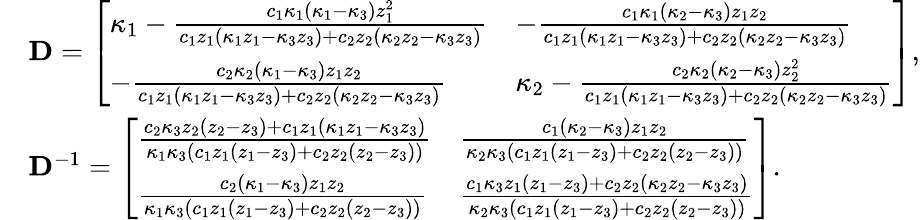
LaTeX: \begin{array}{rl}&{\mathbf{D}=\left[\begin{array}{ll}{\kappa_{1}-\frac{c_{1}\kappa_{1}\left(\kappa_{1}-\kappa_{3}\right)z_{1}^{2}}{c_{1}z_{1}\left(\kappa_{1}z_{1}-\kappa_{3}z_{3}\right)+c_{2}z_{2}\left(\kappa_{2}z_{2}-\kappa_{3}z_{3}\right)}}&{-\frac{c_{1}\kappa_{1}\left(\kappa_{2}-\kappa_{3}\right)z_{1}z_{2}}{c_{1}z_{1}\left(\kappa_{1}z_{1}-\kappa_{3}z_{3}\right)+c_{2}z_{2}\left(\kappa_{2}z_{2}-\kappa_{3}z_{3}\right)}}\\ {-\frac{c_{2}\kappa_{2}\left(\kappa_{1}-\kappa_{3}\right)z_{1}z_{2}}{c_{1}z_{1}\left(\kappa_{1}z_{1}-\kappa_{3}z_{3}\right)+c_{2}z_{2}\left(\kappa_{2}z_{2}-\kappa_{3}z_{3}\right)}}&{\kappa_{2}-\frac{c_{2}\kappa_{2}\left(\kappa_{2}-\kappa_{3}\right)z_{2}^{2}}{c_{1}z_{1}\left(\kappa_{1}z_{1}-\kappa_{3}z_{3}\right)+c_{2}z_{2}\left(\kappa_{2}z_{2}-\kappa_{3}z_{3}\right)}}\end{array}\right],}\\ &{\mathbf{D}^{-1}=\left[\begin{array}{ll}{\frac{c_{2}\kappa_{3}z_{2}\left(z_{2}-z_{3}\right)+c_{1}z_{1}\left(\kappa_{1}z_{1}-\kappa_{3}z_{3}\right)}{\kappa_{1}\kappa_{3}\left(c_{1}z_{1}\left(z_{1}-z_{3}\right)+c_{2}z_{2}\left(z_{2}-z_{3}\right)\right)}}&{\frac{c_{1}\left(\kappa_{2}-\kappa_{3}\right)z_{1}z_{2}}{\kappa_{2}\kappa_{3}\left(c_{1}z_{1}\left(z_{1}-z_{3}\right)+c_{2}z_{2}\left(z_{2}-z_{3}\right)\right)}}\\ {\frac{c_{2}\left(\kappa_{1}-\kappa_{3}\right)z_{1}z_{2}}{\kappa_{1}\kappa_{3}\left(c_{1}z_{1}\left(z_{1}-z_{3}\right)+c_{2}z_{2}\left(z_{2}-z_{3}\right)\right)}}&{\frac{c_{1}\kappa_{3}z_{1}\left(z_{1}-z_{3}\right)+c_{2}z_{2}\left(\kappa_{2}z_{2}-\kappa_{3}z_{3}\right)}{\kappa_{2}\kappa_{3}\left(c_{1}z_{1}\left(z_{1}-z_{3}\right)+c_{2}z_{2}\left(z_{2}-z_{3}\right)\right)}}\end{array}\right].}\end{array}